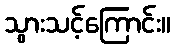
သွားသင့်ကြောင်း။